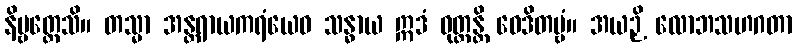
နိဗ္ဗတ္တေသိ။ တသ္မာ အန္တရာယကရံယေဝ သန္ဓာယ ဣဒံ ဝုတ္တန္တိ ဝေဒိတဗ္ဗံ။ အယဉှိ လောဘသဟဂတာ